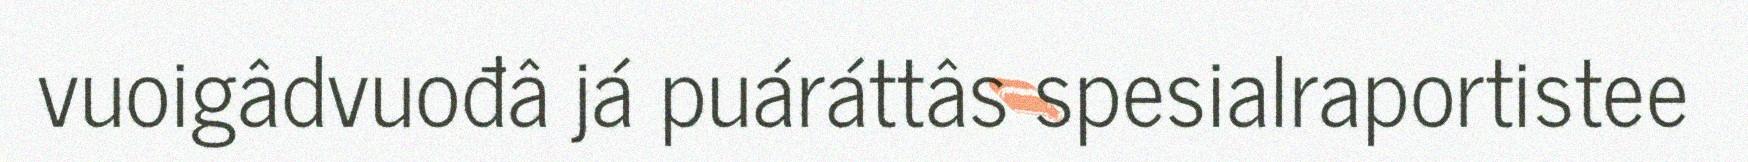
vuoigâdvuođâ já puáráttâs spesialraportistee